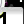
Digit: 1